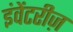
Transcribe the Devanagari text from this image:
इंवेंटरीज़